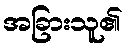
အခြားသူ၏